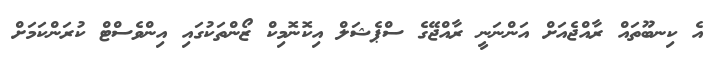
އެ ކިނބޫތައް ރާއްޖެއަށް އަންނަނީ ރާއްޖޭގެ ސްޕެޝަަލް އިކޮނޮމިކް ޒޯންތަކުގައި އިންވެސްޓް ކުރަންކަމަށް